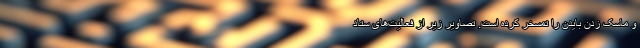
و ماسک زدن بایدن را تمسخر کرده است. تصاویر زیر از فعالیت‌های ستاد